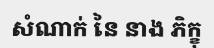
សំណាក់ នៃ នាង ភិក្ខុ